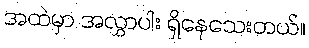
အထဲမှာ အလွှာပါး ရှိနေသေးတယ်။